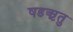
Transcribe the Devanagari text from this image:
षडऋतु